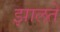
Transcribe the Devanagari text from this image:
झालते